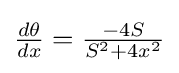
{\tfrac {d\theta }{dx}}={\tfrac {-4S}{S^{2}+4x^{2}}}